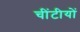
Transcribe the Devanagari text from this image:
चींटीयों